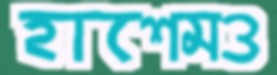
হাশেমও